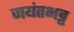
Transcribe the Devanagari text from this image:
जयंतभट्ट